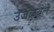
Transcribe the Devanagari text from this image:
उजळवले